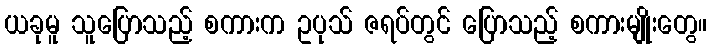
ယခုမူ သူပြောသည့် စကားက ဥပုသ် ဇရပ်တွင် ပြောသည့် စကားမျိုးတွေ။